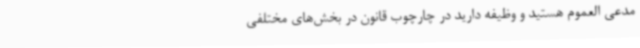
مدعی العموم هستید و وظیفه دارید در چارچوب قانون در بخش‌های مختلفی